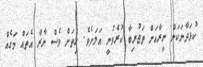
ކުޅަދާނަކަން ނީރާއަށް ތަޖުރިބާ ކުރެވުނީ އަލަށެވެ. ހިތަށް ވެސް ނާރާ އެތައް މަގެއް